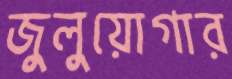
জুলুয়োগার